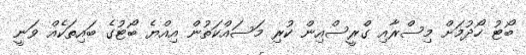
ބޯޓު ހޯދުމަށް މިސްރާއި ގްރީސްއިން ކުރި މަސައްކަތުން އިއްޔެ ބޯޓުގެ ބައިތަކެއް ވަނީ